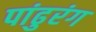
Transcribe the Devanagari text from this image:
पांढुरंग